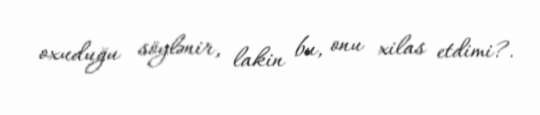
oxuduğu söylənir, lakin bu, onu xilas etdimi?.